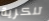
تنكرية